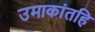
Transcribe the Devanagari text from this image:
उमाकांतहि